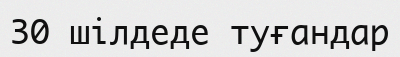
30 шілдеде туғандар